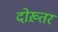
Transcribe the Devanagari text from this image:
दोख़्तर